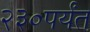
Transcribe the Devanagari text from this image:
२३०पर्यंत